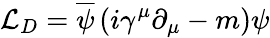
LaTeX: {\mathcal{L}}_{D}={\overline{{\psi}}}\left(i\gamma^{\mu}\partial_{\mu}-m\right)\psi